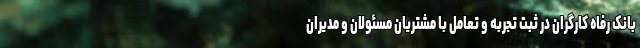
بانک رفاه کارگران در ثبت تجربه و تعامل با مشتریان مسئولان و مدیران